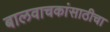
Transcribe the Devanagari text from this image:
बालवाचकांसाठीचा